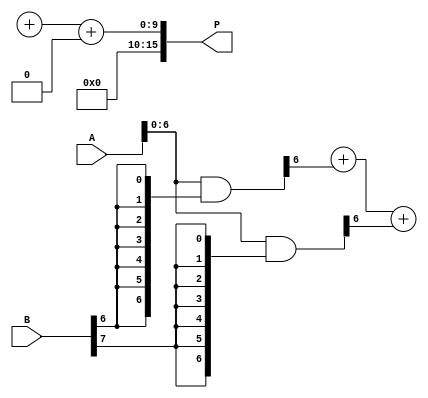
module adaptive_wallace_tree_multiplier #(parameter N = 8) (
    input [N-1:0] A,      // Multiplicand
    input [N-1:0] B,      // Multiplier
    output reg [2*N-1:0] P // Product
);

    // Intermediate signals
    wire [N-1:0] partial_products[N-1:0]; // Partial products
    wire [2*N-1:0] sum, carry;             // Intermediate sum and carry signals

    // Step 1: Partial Product Generation
    genvar i;
    generate
        for (i = 0; i < N; i = i + 1) begin : pp_gen
            assign partial_products[i] = A & {N{B[i]}}; // A ANDed with each bit of B
        end
    endgenerate

    // Step 2: Wallace Tree Reduction
    wire [N-1:0] sum_stage[N-1:0];   // Sums from reduction stage
    wire [N-1:0] carry_stage[N-1:0]; // Carries from reduction stage

    // Initialize the first stage
    assign sum_stage[0] = partial_products[0];
    assign carry_stage[0] = 0;

    // Wallace tree reduction logic
    genvar j;
    generate
        for (j = 0; j < N; j = j + 1) begin : reduction_stage
            if (j < N-1) begin
                // Full Adder for three inputs
                wire [2:0] bits_to_add = {partial_products[j+1][j], partial_products[j][j], carry_stage[j][j]};
                assign {carry_stage[j+1][j], sum_stage[j+1][j]} = bits_to_add[0] + bits_to_add[1] + bits_to_add[2];
            end
        end
    endgenerate

    // Final Addition
    wire [2*N-1:0] final_sum;
    wire final_carry;

    // Assuming a simple carry look ahead adder (CLA) for final addition
    assign {final_carry, final_sum} = sum_stage[N-1] + carry_stage[N-1];

    // Step 3: Output final product
    always @(*) begin
        P = final_sum + final_carry; // Final product
    end

endmodule